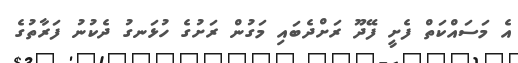
އެ މަސައްކަތް ފެށީ ފޭދޫ ރަށްދެބައި މަގުން ރަށުގެ ހުޅަނގު ދެކުނު ފަރާތުގެ